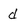
Character: d